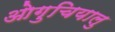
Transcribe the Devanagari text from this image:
ओगुचियालु